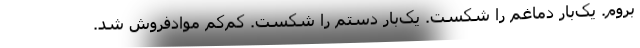
بروم. یک‌بار دماغم را شکست. یک‌بار دستم را شکست. کم‌کم موادفروش شد.